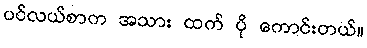
ပင်လယ်စာက အသား ထက် ပို ကောင်းတယ်။